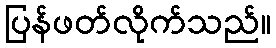
ပြန်ဖတ်လိုက်သည်။